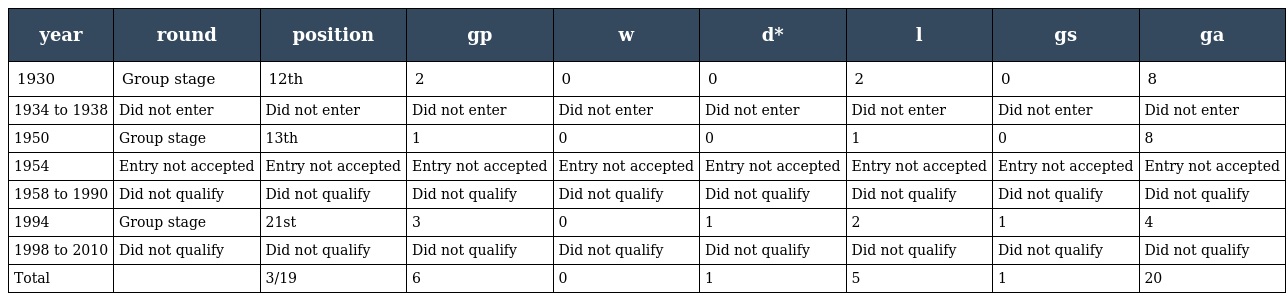
| year | round | position | gp | w | d* | l | gs | ga |
 | --- | --- | --- | --- | --- | --- | --- | --- | --- |
 | 1930 | Group stage | 12th | 2 | 0 | 0 | 2 | 0 | 8 |
 | 1934 to 1938 | Did not enter | Did not enter | Did not enter | Did not enter | Did not enter | Did not enter | Did not enter | Did not enter |
 | 1950 | Group stage | 13th | 1 | 0 | 0 | 1 | 0 | 8 |
 | 1954 | Entry not accepted | Entry not accepted | Entry not accepted | Entry not accepted | Entry not accepted | Entry not accepted | Entry not accepted | Entry not accepted |
 | 1958 to 1990 | Did not qualify | Did not qualify | Did not qualify | Did not qualify | Did not qualify | Did not qualify | Did not qualify | Did not qualify |
 | 1994 | Group stage | 21st | 3 | 0 | 1 | 2 | 1 | 4 |
 | 1998 to 2010 | Did not qualify | Did not qualify | Did not qualify | Did not qualify | Did not qualify | Did not qualify | Did not qualify | Did not qualify |
 | Total |  | 3/19 | 6 | 0 | 1 | 5 | 1 | 20 |